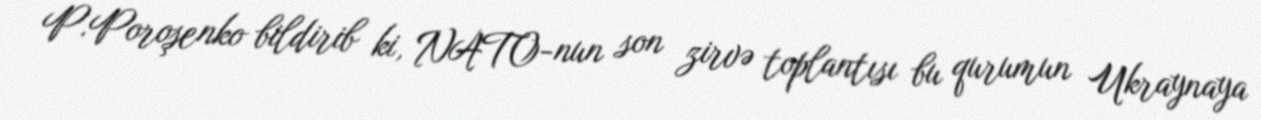
P.Poroşenko bildirib ki, NATO-nun son zirvə toplantısı bu qurumun Ukraynaya